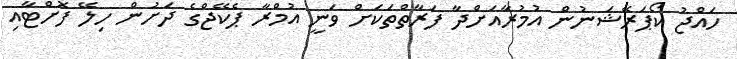
ހައްޖު ކޯޕަރޭޝަނުން އުމުރާއަށްދާ ފަރާތްތަކަށް ވަނީ އުމްރާ ޕެކޭޖްގެ ދަށުން ހިލޭ ފޮށްޓާއި